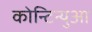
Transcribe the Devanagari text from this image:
कोन्टिन्युआ